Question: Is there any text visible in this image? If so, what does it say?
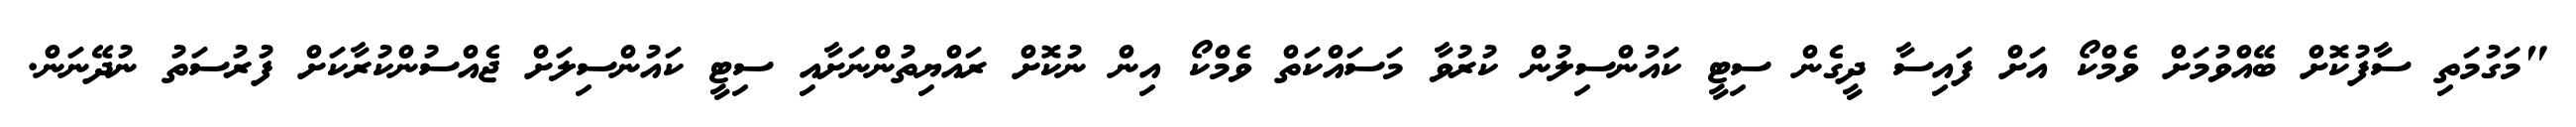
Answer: "މަގުމަތި ސާފުކޮށް ބޭއްވުމަށް ވެމްކޯ އަށް ފައިސާ ދީގެން ސިޓީ ކައުންސިލުން ކުރުވާ މަސައްކަތް ވެމްކޯ އިން ނުކޮށް ރައްޔިތުންނަށާއި ސިޓީ ކައުންސިލަށް ޖެއްސުންކުރާކަށް ފުރުސަތު ނުދޭނަން.